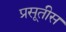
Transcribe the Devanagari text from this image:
प्रसूतीस